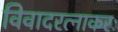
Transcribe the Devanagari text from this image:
विवादरत्नाकरः